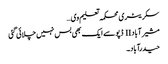
سکریٹری محکمہ تعلیم وی …
مشیرآباد II ڈپو سے ایک بھی بس نہیں چلائی گئی
حیدرآباد۔